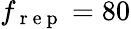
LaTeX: f_{\mathrm{~r~e~p~}}=80